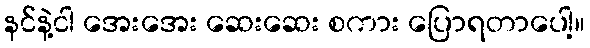
နင်နဲ့ငါ အေးအေး ဆေးဆေး စကား ပြောရတာပေါ့။